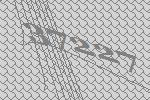
37227